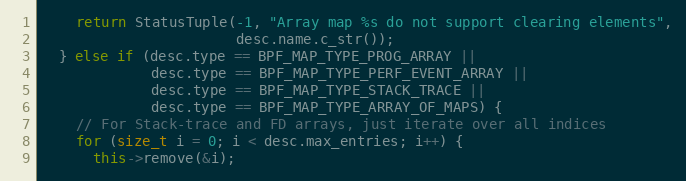
Language: C++
    return StatusTuple(-1, "Array map %s do not support clearing elements",
                       desc.name.c_str());
  } else if (desc.type == BPF_MAP_TYPE_PROG_ARRAY ||
             desc.type == BPF_MAP_TYPE_PERF_EVENT_ARRAY ||
             desc.type == BPF_MAP_TYPE_STACK_TRACE ||
             desc.type == BPF_MAP_TYPE_ARRAY_OF_MAPS) {
    // For Stack-trace and FD arrays, just iterate over all indices
    for (size_t i = 0; i < desc.max_entries; i++) {
      this->remove(&i);